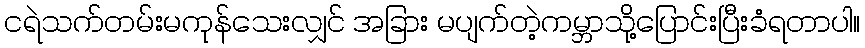
ငရဲသက်တမ်းမကုန်သေးလျှင် အခြား မပျက်တဲ့ကမ္ဘာသို့ပြောင်းပြီးခံရတာပါ။